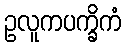
ဥလူကပက္ခိကံ